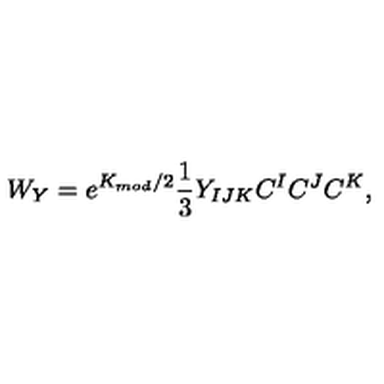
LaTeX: W _ { Y } = e ^ { K _ { m o d } / 2 } \frac { 1 } { 3 } Y _ { I J K } C ^ { I } C ^ { J } C ^ { K } ,